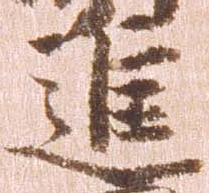
進